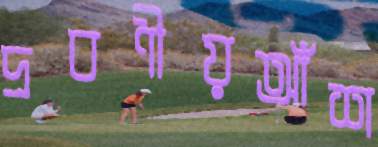
দ্রবণীয়আঁশ